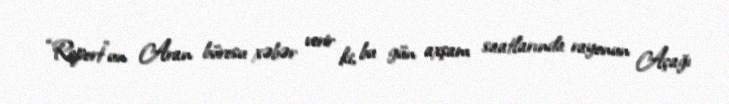
“Report”un Aran bürosu xəbər verir ki, bu gün axşam saatlarında rayonun Açağı